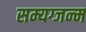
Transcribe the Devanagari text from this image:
सम्यग्जन्म